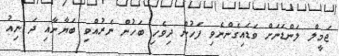
ޖަމީލް ލަންޑަނަށް ވަޑައިގެންނެވި ފަހުން ދިވެހި ބަހުން ނެރުއްވި ބަޔާނާއި ދަ ނިއު